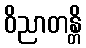
ဝိညာတန္တိ